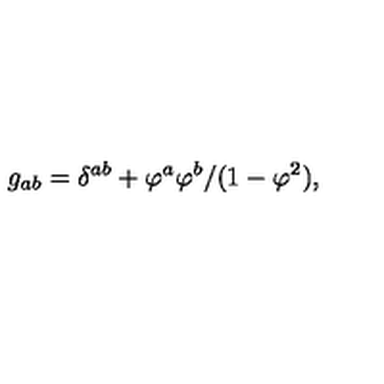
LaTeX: g _ { a b } = \delta ^ { a b } + \varphi ^ { a } \varphi ^ { b } / ( 1 - \varphi ^ { 2 } ) ,